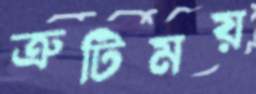
ত্রুটিময়